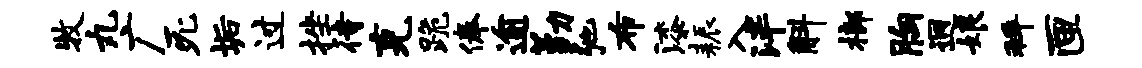
牧丸广死垢过挫待克跪俸逾勤弛布漆耨入泮斛榔胸迥娘拜匣